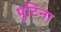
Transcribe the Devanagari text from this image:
पुटिना